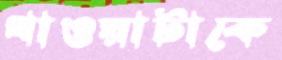
খাওয়াটাকে